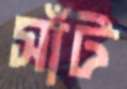
সাঁট